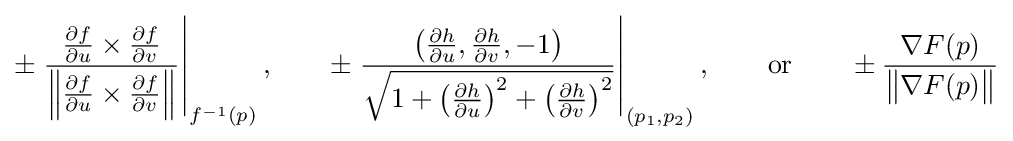
\pm \left.{\frac {{\frac {\partial f}{\partial u}}\times {\frac {\partial f}{\partial v}}}{\left\|{\frac {\partial f}{\partial u}}\times {\frac {\partial f}{\partial v}}\right\|}}\right|_{f^{-1}(p)},\qquad \pm \left.{\frac {\left({\frac {\partial h}{\partial u}},{\frac {\partial h}{\partial v}},-1\right)}{\sqrt {1+\left({\frac {\partial h}{\partial u}}\right)^{2}+\left({\frac {\partial h}{\partial v}}\right)^{2}}}}\right|_{(p_{1},p_{2})},\qquad {\text{or}}\qquad \pm {\frac {\nabla F(p)}{{\big \|}\nabla F(p){\big \|}}}